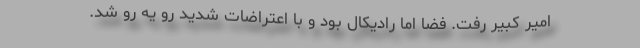
امیر کبیر رفت. فضا اما رادیکال بود و با اعتراضات شدید رو یه رو شد.